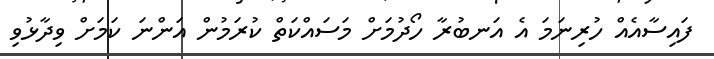
ފައިސާއެއް ހުރިނަމަ އެ އަނބުރާ ހޯދުމަށް މަސައްކަތް ކުރަމުން އަންނަ ކަމަށް ވިދާޅުވި